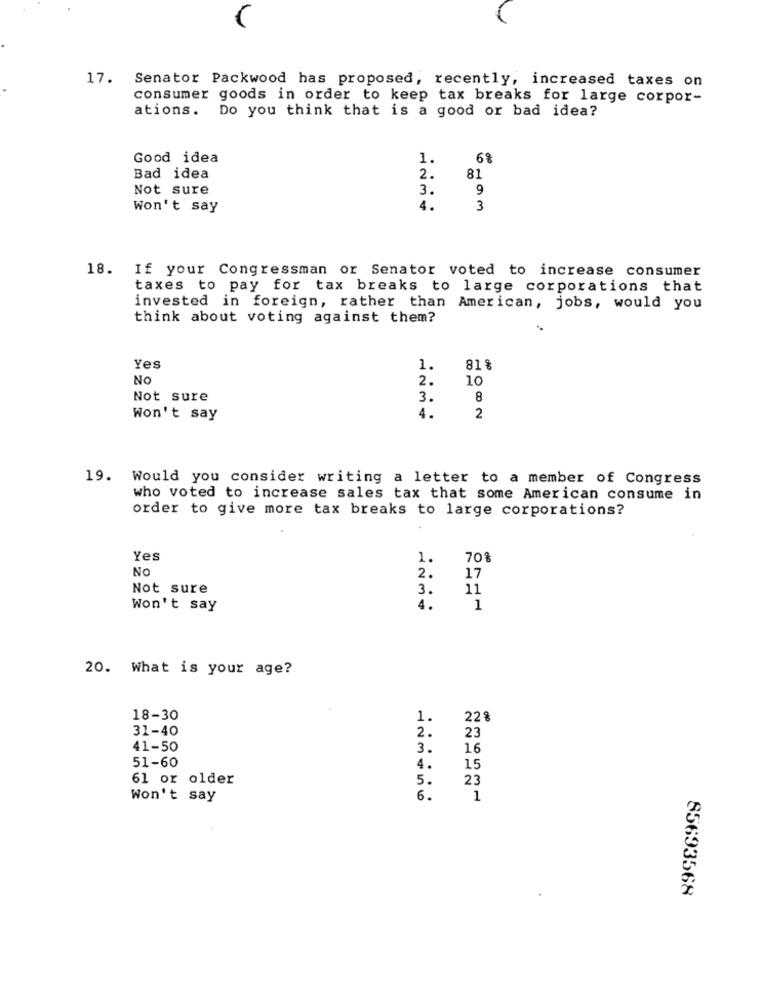
17. Senator Packwood has proposed, recently, increased taxes on
consumer goods in order to keep tax breaks for large corpor-
ations.
Do you think that is a good or bad idea?
Good idea
1.
6%
Bad idea
2.
81
Not sure
3.
9
Won't say
4.
3
18. If your Congressman or Senator voted to increase consumer
taxes to pay for tax breaks to large corporations that
invested in foreign, rather than American, jobs, would you
think about voting against them?
Yes
81%
NO
2.
10
Not sure
3.
8
4.
Won't say
2
19. Would you consider writing a letter to a member of Congress
who voted to increase sales tax that some American consume in
order to give more tax breaks to large corporations?
Yes
1.
70%
No
2.
17
Not sure
3.
11
Won't say
4.
1
20. What is your age?
18-30
1.
228
31-40
2.
23
41-50
3.
16
51-60
4.
15
61 or older
5.
23
Won't say
6.
1
85693568